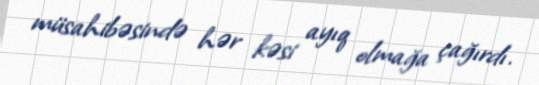
müsahibəsində hər kəsi ayıq olmağa çağırdı.